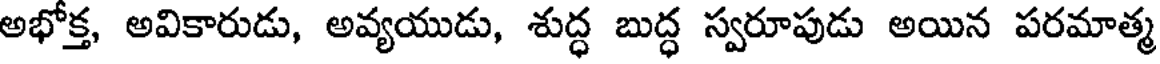
అభోక్త, అవికారుడు, అవ్యయుడు, శుద్ధ బుద్ధ స్వరూపుడు అయిన పరమాత్మ